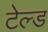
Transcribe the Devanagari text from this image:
टेल्ड